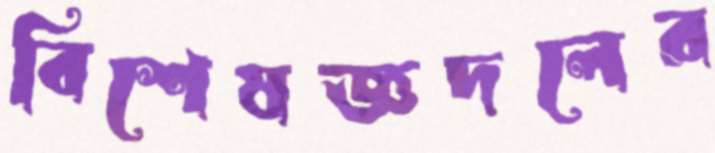
বিশেষজ্ঞদলের